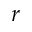
\boldsymbol { r }